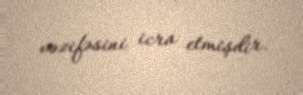
vəzifəsini icra etmişdir.